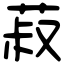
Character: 菽